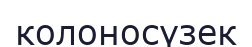
колоносүзек